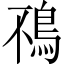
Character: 鴀